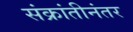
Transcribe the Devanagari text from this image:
संक्रांतीनंतर